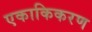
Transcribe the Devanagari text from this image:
एकाकिकरण